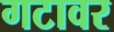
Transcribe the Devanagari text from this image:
गटावर